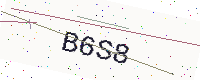
Text: B6S8